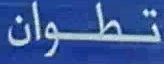
تطوان